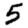
Digit: 5